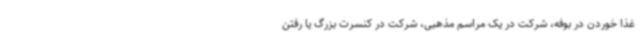
غذا خوردن در بوفه، شرکت در یک مراسم مذهبی، شرکت در کنسرت بزرگ یا رفتن